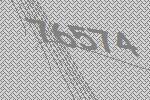
76574